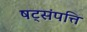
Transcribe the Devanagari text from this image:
षट्‌संपत्ति